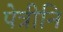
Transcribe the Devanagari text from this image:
पेत्रीनि